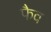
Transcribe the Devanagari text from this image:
फैव